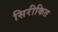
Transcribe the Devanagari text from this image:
सिरीकित